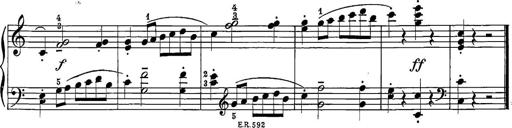
Title: 12 Sonatine per Pianoforte
Composer: Friedrich Kuhlau